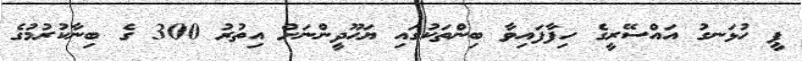
ޕީ ހުޅަނގު އައްސޭރީގެ ހިފާފައިވާ ބިންތަކުގައި ޔަހޫދީންނަށް އިތުރު 300 ގެ ބިނާކުރުމުގެ